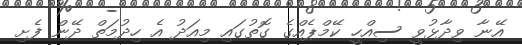
އޭނާ ވިދާޅުވީ ސިއްހީ ކޭމްޕެއްގެ ގޮތުގައި މިއަދު އެ ހިދުމަތް ދޭން ފެށި